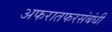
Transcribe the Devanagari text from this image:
अफरातफरसंबंधी